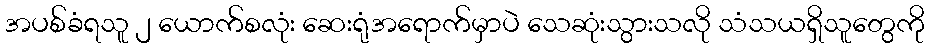
အပစ်ခံရသူ ၂ ယောက်စလုံး ဆေးရုံအရောက်မှာပဲ သေဆုံးသွားသလို သံသယရှိသူတွေကို